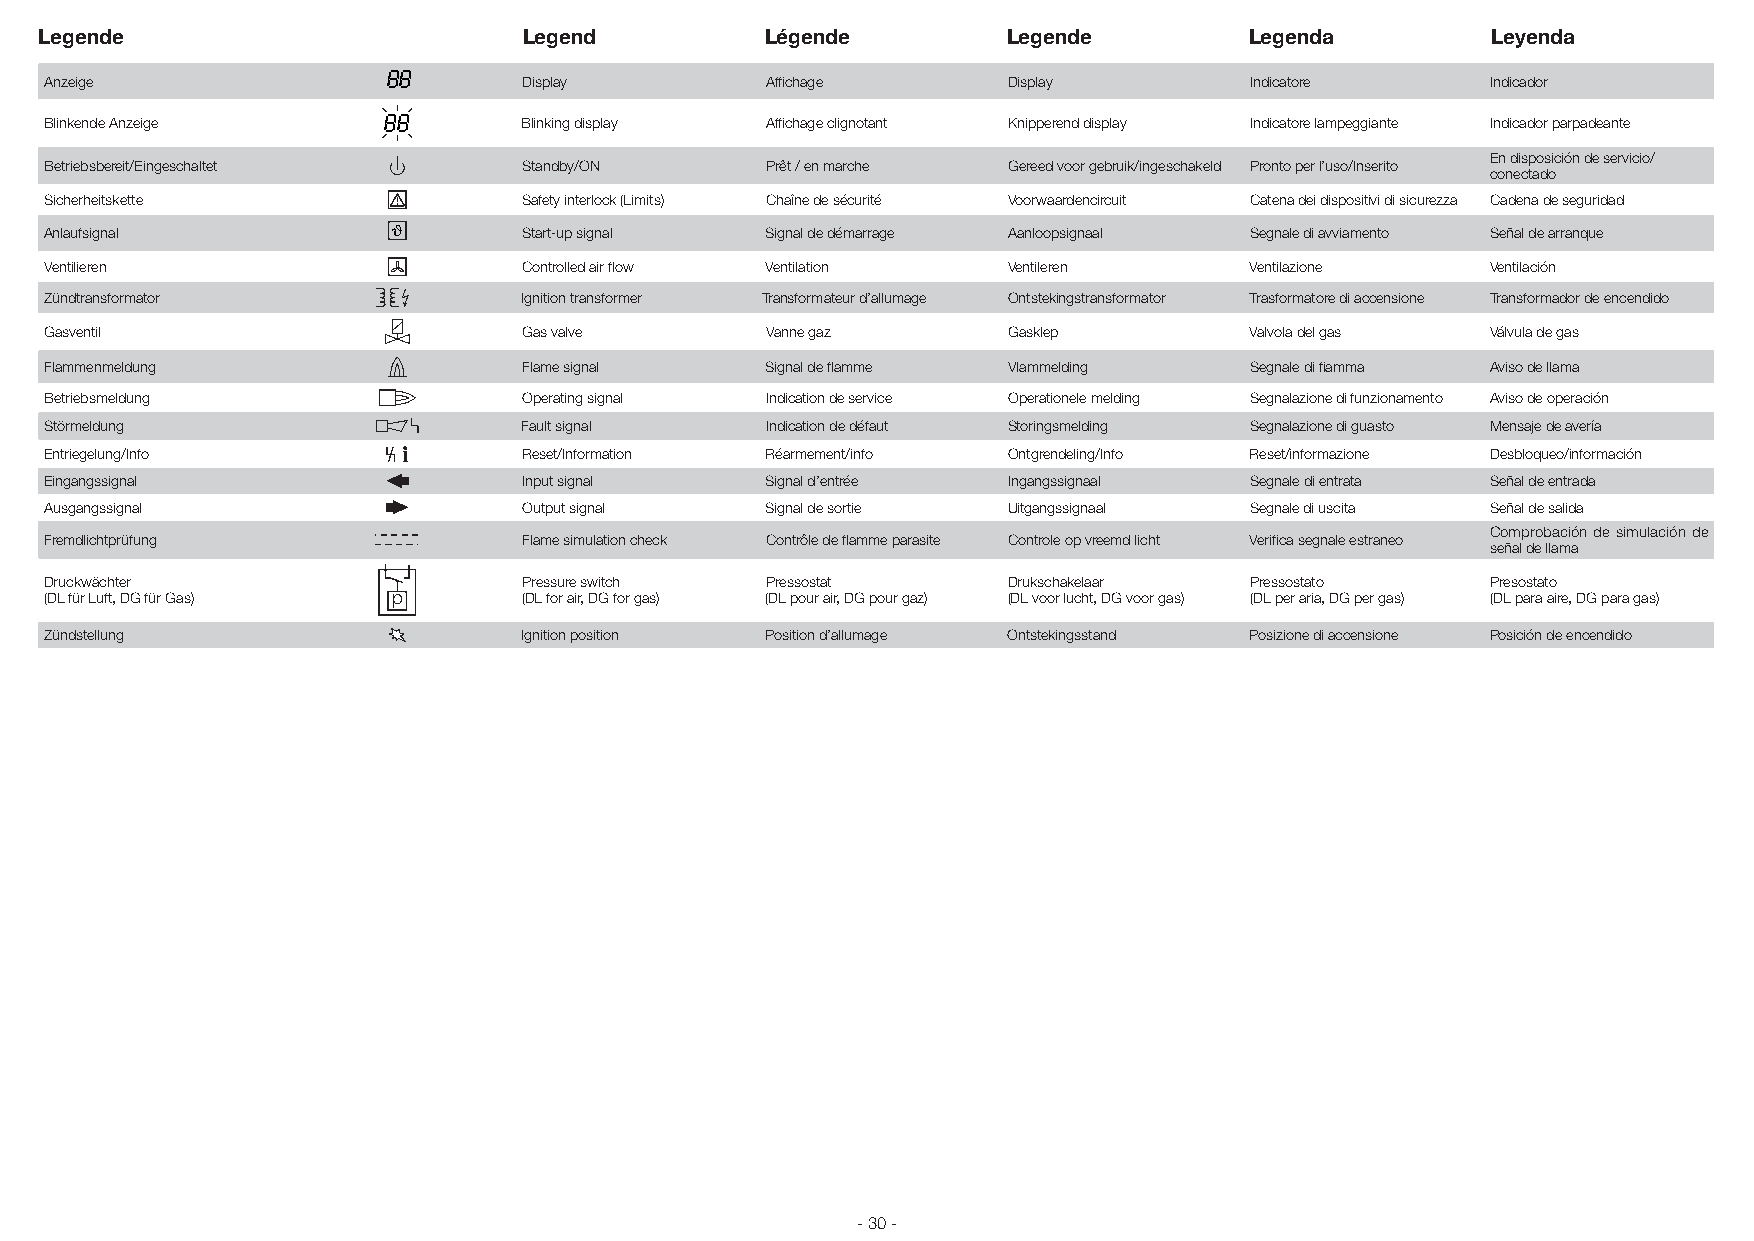
Legende                         Legend          Légende         Legende         Legenda         Leyenda
 88
 Anzeige                         Display         Affichage       Display         Indicatore      Indicador
 Blinkende Anzeige     88        Blinking display Affichage clignotant Knipperend display Indicatore lampeggiante Indicador parpadeante
 En disposición de servicio/
 Betriebsbereit/Eingeschaltet    Standby/ON      Prêt / en marche Gereed voor gebruik/ingeschakeld Pronto per l’uso/Inserito
 conectado
 Sicherheitskette                Safety interlock (Limits) Chaîne de sécurité Voorwaardencircuit Catena dei dispositivi di sicurezza Cadena de seguridad
 Anlaufsignal           ϑ        Start-up signal Signal de démarrage Aanloopsignaal Segnale di avviamento Señal de arranque
 Ventilieren                     Controlled air flow Ventilation Ventileren      Ventilazione    Ventilación
 Zündtransformator               Ignition transformer Transformateur d’allumage Ontstekingstransformator Trasformatore di accensione Transformador de encendido
 Gasventil                       Gas valve       Vanne gaz       Gasklep         Valvola del gas Válvula de gas
 Flammenmeldung                  Flame signal    Signal de flamme Vlammelding    Segnale di fiamma Aviso de llama
 Betriebsmeldung                 Operating signal Indication de service Operationele melding Segnalazione di funzionamento Aviso de operación
 Störmeldung                     Fault signal    Indication de défaut Storingsmelding Segnalazione di guasto Mensaje de avería
 Entriegelung/Info               Reset/Information Réarmement/info Ontgrendeling/Info Reset/informazione Desbloqueo/información
 Eingangssignal                  Input signal    Signal d’entrée Ingangssignaal  Segnale di entrata Señal de entrada
 Ausgangssignal                  Output signal   Signal de sortie Uitgangssignaal Segnale di uscita Señal de salida
 Comprobación de simulación de
 Fremdlichtprüfung               Flame simulation check Contrôle de flamme parasite Controle op vreemd licht Verifica segnale estraneo
 señal de llama
 Druckwächter                    Pressure switch Pressostat      Drukschakelaar  Pressostato     Presostato
 (DL für Luft, DG für Gas) p     (DL for air, DG for gas) (DL pour air, DG pour gaz) (DL voor lucht, DG voor gas) (DL per aria, DG per gas) (DL para aire, DG para gas)
 Zündstellung                    Ignition position Position d’allumage Ontstekingsstand Posizione di accensione Posición de encendido
 - 30 -